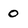
Character: 0